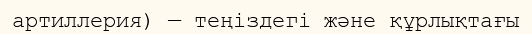
артиллерия) — теңіздегі және құрлықтағы